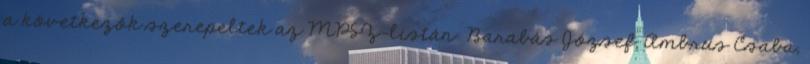
a következők szerepeltek az MPSZ-listán: Barabás József, Ambrus Csaba,